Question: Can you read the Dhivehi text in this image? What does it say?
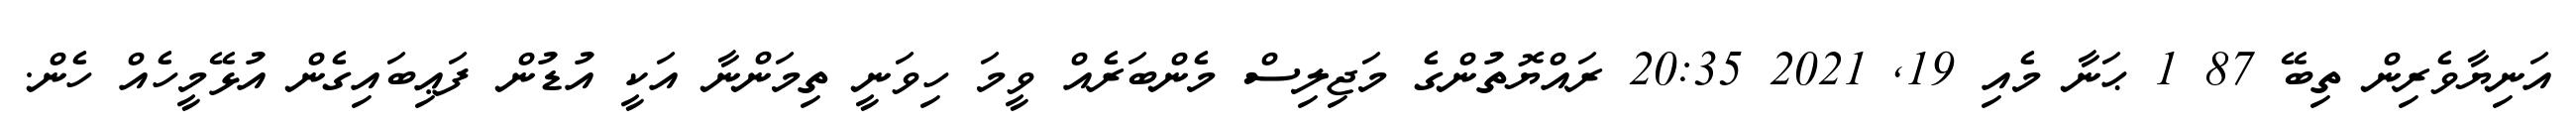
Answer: އަނިޔާވެރިން ތިބޭ 87 1 ޙަނާ މެއި 19, 2021 20:35 ރައްޔޮތުންގެ މަޖިލިސް މެންބަރެއް ވީމަ ހިވަނީ ތިމަންނާ އަކީ އުޑުން ފަޢިބައިގެން އުޅޭމީހެއް ހެން.